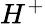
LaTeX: H^{+}